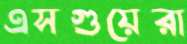
এসগুয়েরা